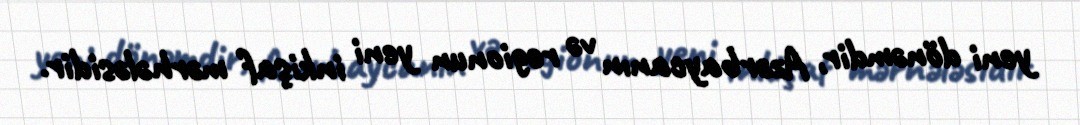
yeni dönəmdir, Azərbaycanın və regionun yeni inkişaf mərhələsidir.